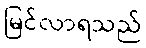
မြင်လာရသည်